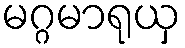
မဂ္ဂမာရုယှ